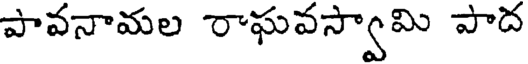
పావనామల రాఘవస్వామి పాద